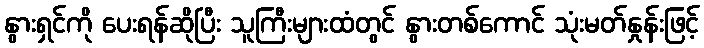
နွားရှင်ကို ပေးရန်ဆိုပြီး သူကြီးများထံတွင် နွားတစ်ကောင် သုံးမတ်နှုန်းဖြင့်